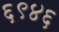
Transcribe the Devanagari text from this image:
६९४६